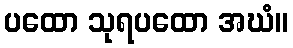
ပထော သုရပထော အဃံ။